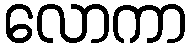
လောကာ